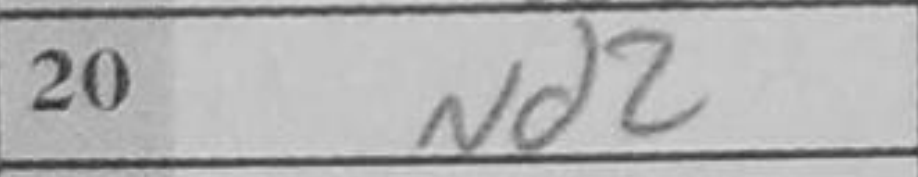
Transcription: Nd2